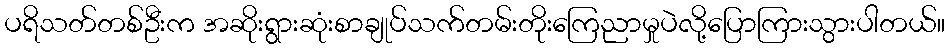
ပရိသတ်တစ်ဦးက အဆိုးရွားဆုံးစာချုပ်သက်တမ်းတိုးကြေညာမှုပဲလို့ပြောကြားသွားပါတယ်။